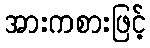
အားကစားဖြင့်